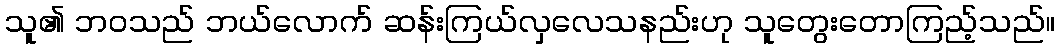
သူ၏ ဘဝသည် ဘယ်လောက် ဆန်းကြယ်လှလေသနည်းဟု သူတွေးတောကြည့်သည်။